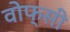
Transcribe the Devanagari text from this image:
वोफ्सी